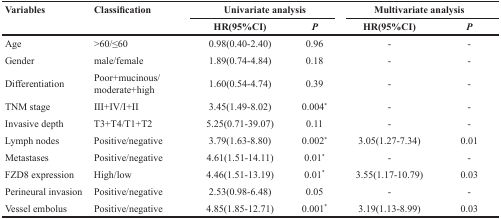
| <ROWSPAN=2> Variables | <ROWSPAN=2> Classification | <COLSPAN=2> Univariate analysis | <COLSPAN=2> Multivariate analysis |
 | HR(95%CI) | P | HR(95%CI) | P |
 | --- | --- | --- | --- | --- | --- |
 | Age | >60/≤60 | 0.98(0.40-2.40) | 0.96 | - | - |
 | Gender | male/female | 1.89(0.74-4.84) | 0.18 | - | - |
 | Differentiation | Poor+mucinous/moderate+high | 1.60(0.54-4.74) | 0.39 | - | - |
 | TNM stage | III+IV/I+II | 3.45(1.49-8.02) | 0.004* | - | - |
 | Invasive depth | T3+T4/T1+T2 | 5.25(0.71-39.07) | 0.11 | - | - |
 | Lymph nodes | Positive/negative | 3.79(1.63-8.80) | 0.002* | 3.05(1.27-7.34) | 0.01 |
 | Metastases | Positive/negative | 4.61(1.51-14.11) | 0.01* | - | - |
 | FZD8 expression | High/low | 4.46(1.51-13.19) | 0.01* | 3.55(1.17-10.79) | 0.03 |
 | Perineural invasion | Positive/negative | 2.53(0.98-6.48) | 0.05 | - | - |
 | Vessel embolus | Positive/negative | 4.85(1.85-12.71) | 0.001* | 3.19(1.13-8.99) | 0.03 |